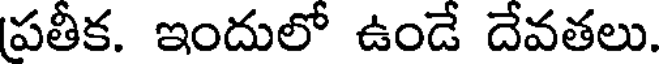
పతీక. ఇందులో ఉండే దేవతలు.